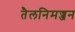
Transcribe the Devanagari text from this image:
तैलनिमज्जन